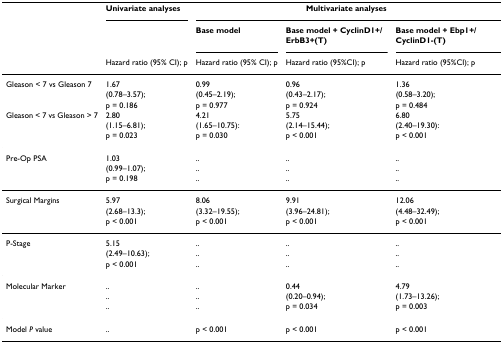
<table><thead><tr><td></td><td><b>Univariate analyses</b></td><td colspan="3"><b>Multivariate analyses</b></td></tr><tr><td></td><td></td><td><b>Base model</b></td><td><b>Base model + CyclinD1+/ErbB3+(T)</b></td><td><b>Base model + Ebp1+/CyclinD1-(T)</b></td></tr><tr><td></td><td><b>Hazard ratio (95% CI); p</b></td><td><b>Hazard ratio (95% CI); p</b></td><td><b>Hazard ratio (95%CI); p</b></td><td><b>Hazard ratio (95%CI); p</b></td></tr></thead><tbody><tr><td>Gleason &lt; 7 vs Gleason 7</td><td>1.67</td><td>0.99</td><td>0.96</td><td>1.36</td></tr><tr><td></td><td>(0.78–3.57);</td><td>(0.45–2.19);</td><td>(0.43–2.17);</td><td>(0.58–3.20);</td></tr><tr><td></td><td>p = 0.186</td><td>p = 0.977</td><td>p = 0.924</td><td>p = 0.484</td></tr><tr><td>Gleason &lt; 7 vs Gleason &gt; 7</td><td>2.80</td><td>4.21</td><td>5.75</td><td>6.80</td></tr><tr><td></td><td>(1.15–6.81);</td><td>(1.65–10.75):</td><td>(2.14–15.44);</td><td>(2.40–19.30):</td></tr><tr><td></td><td>p = 0.023</td><td>p = 0.030</td><td>p &lt; 0.001</td><td>p &lt; 0.001</td></tr><tr><td>Pre-Op PSA</td><td>1.03</td><td>..</td><td>..</td><td>..</td></tr><tr><td></td><td>(0.99–1.07);</td><td>..</td><td>..</td><td>..</td></tr><tr><td></td><td>p = 0.198</td><td>..</td><td>..</td><td>..</td></tr><tr><td>Surgical Margins</td><td>5.97</td><td>8.06</td><td>9.91</td><td>12.06</td></tr><tr><td></td><td>(2.68–13.3);</td><td>(3.32–19.55);</td><td>(3.96–24.81);</td><td>(4.48–32.49);</td></tr><tr><td></td><td>p &lt; 0.001</td><td>p &lt; 0.001</td><td>p &lt; 0.001</td><td>p &lt; 0.001</td></tr><tr><td>P-Stage</td><td>5.15</td><td>..</td><td>..</td><td>..</td></tr><tr><td></td><td>(2.49–10.63);</td><td>..</td><td>..</td><td>..</td></tr><tr><td></td><td>p &lt; 0.001</td><td>..</td><td>..</td><td>..</td></tr><tr><td>Molecular Marker</td><td>..</td><td>..</td><td>0.44</td><td>4.79</td></tr><tr><td></td><td>..</td><td>..</td><td>(0.20–0.94);</td><td>(1.73–13.26);</td></tr><tr><td></td><td>..</td><td>..</td><td>p = 0.034</td><td>p = 0.003</td></tr><tr><td>Model <i>P </i>value</td><td>..</td><td>p &lt; 0.001</td><td>p &lt; 0.001</td><td>p &lt; 0.001</td></tr></tbody></table>